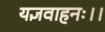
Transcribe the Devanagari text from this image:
यज्ञवाहनः।।